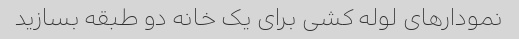
نمودارهای لوله کشی برای یک خانه دو طبقه بسازید